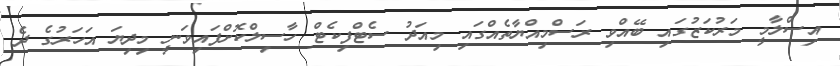
އިސްލާމީ މަރުކަޒުގައި ބޭއްވި ރަސްމިއްޔާތެއްގައި މިއަދު ސެޓްފިކެޓް ހާސިލްކޮށްފައިވަނީ މިދިޔަ އަހަރުގެ ދެ